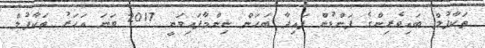
ތަކާފުލް ބައިވެރިންގެ ފަންޑުން ފައިދާ ބަހަން ނިންމާފައިވަނީ 2017 ވަނަ އަހަރު ތަކާފުލް